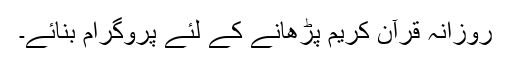
روزانہ قرآن کریم پڑھانے کے لئے پروگرام بنائے۔